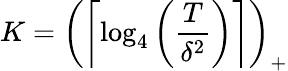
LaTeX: K=\left(\left\lceil\log_{4}\left(\frac{T}{\delta^{2}}\right)\right\rceil\right)_{+}